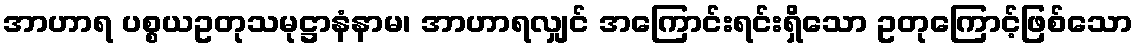
အာဟာရ ပစ္စယဥတုသမုဋ္ဌာနံနာမ၊ အာဟာရလျှင် အကြောင်းရင်းရှိသော ဥတုကြောင့်ဖြစ်သော